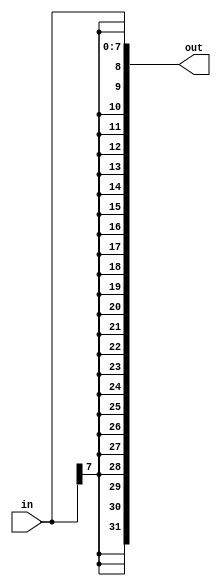
module top_module (
    input [7:0] in,
    output [31:0] out );//

    // assign out = { replicate-sign-bit , the-input };
    assign out = {{24{in[7]}}, in};

endmodule